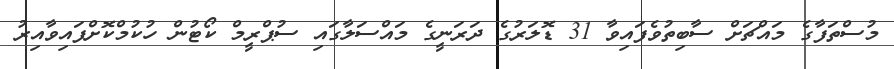
މުސްތަފާގެ މައްޗަށް ސާބިތުވެފައިވާ 31 ޑޮލަރުގެ ދަރަނީގެ މައްސަލާގައި ސުޕްރީމް ކޯޓުން ހުކުމްކޮށްފައިވާއިރު